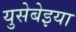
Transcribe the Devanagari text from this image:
युसेबेइया